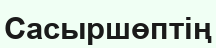
Сасыршөптің